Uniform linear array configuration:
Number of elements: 64
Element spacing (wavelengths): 0.5
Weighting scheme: binomial
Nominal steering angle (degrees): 30
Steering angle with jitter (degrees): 28.368
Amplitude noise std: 0.05
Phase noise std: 0.05

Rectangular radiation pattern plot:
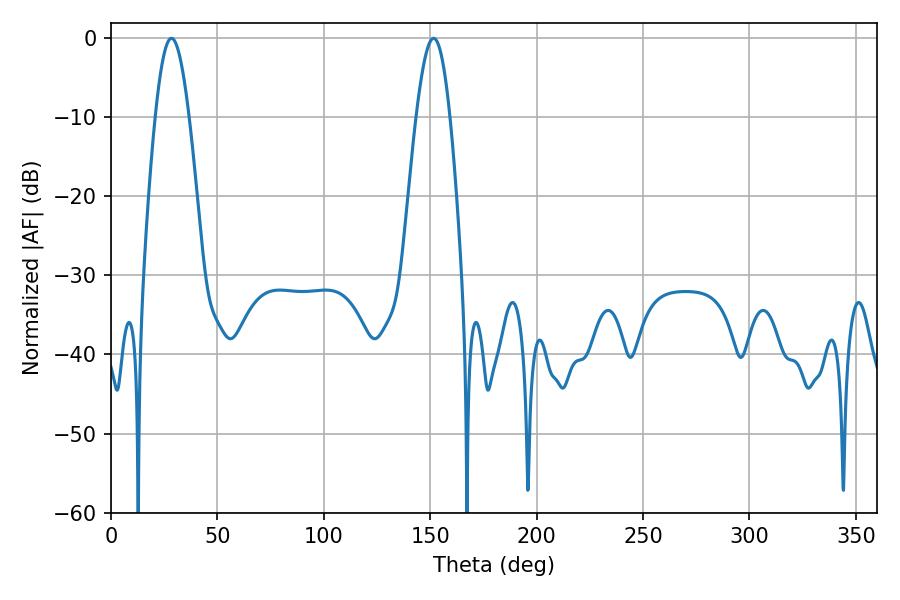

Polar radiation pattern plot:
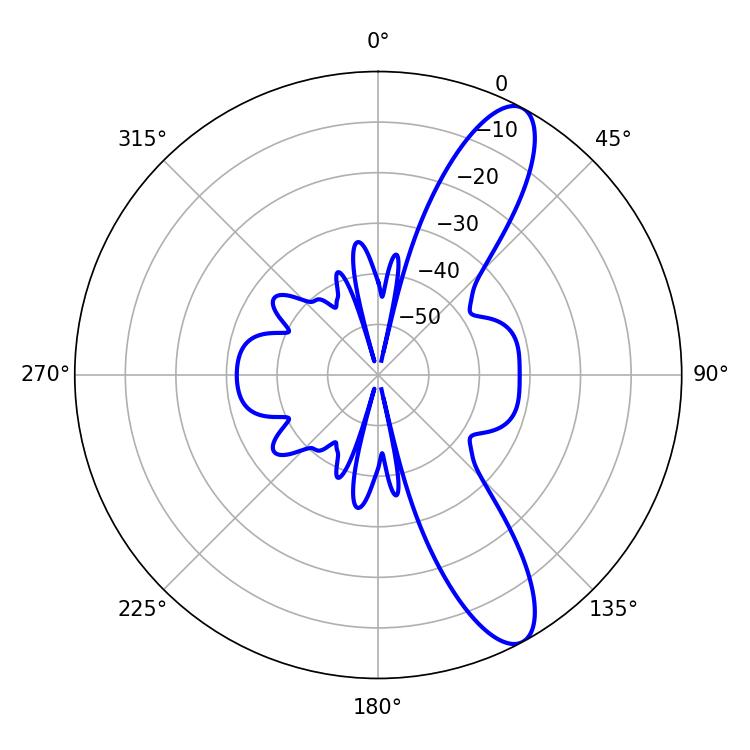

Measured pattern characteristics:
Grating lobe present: FALSE
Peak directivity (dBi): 11.09
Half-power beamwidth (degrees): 8.46
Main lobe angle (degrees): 28.44